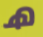
ھ